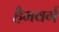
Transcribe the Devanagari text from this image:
हैमवर्ग